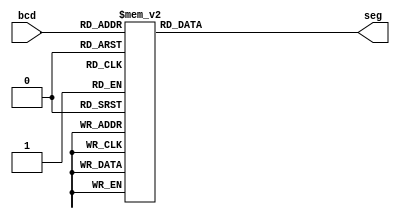
module segment7(bcd,seg);
     
     //Declare inputs,outputs and internal variables.
     input [3:0] bcd;
     output [6:0] seg;
     reg [6:0] seg;

//always block for converting bcd digit into 7 segment format
    always @(bcd)
    begin
        case (bcd) //case statement
            0 : seg = 7'b0001000;
            1 : seg = 7'b1101101;
            2 : seg = 7'b0100010;
            3 : seg = 7'b0100100;
            4 : seg = 7'b1000100;
            5 : seg = 7'b0010100;
            6 : seg = 7'b0010000;
            7 : seg = 7'b0101101;
            8 : seg = 7'b0000000;
            9 : seg = 7'b0000100;
            //switch off 7 segment character when the bcd digit is not a decimal number.
            default : seg = 7'b1111111; 
        endcase
    end
    
endmodule